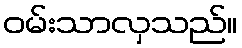
ဝမ်းသာလှသည်။